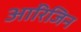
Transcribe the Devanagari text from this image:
आ॓रिजिन